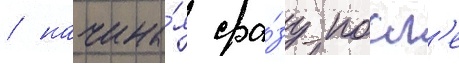
/ начина́я сра́зу посл'е